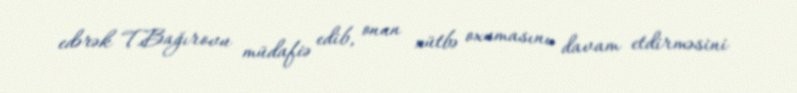
edərək T.Bağırovu müdafiə edib, onun xütbə oxumasını davam etdirməsini